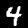
Digit: 4